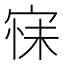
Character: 𭓺